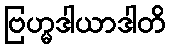
ဗြဟ္မဒါယာဒါတိ